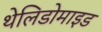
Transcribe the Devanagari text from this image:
थेलिडोमाइड